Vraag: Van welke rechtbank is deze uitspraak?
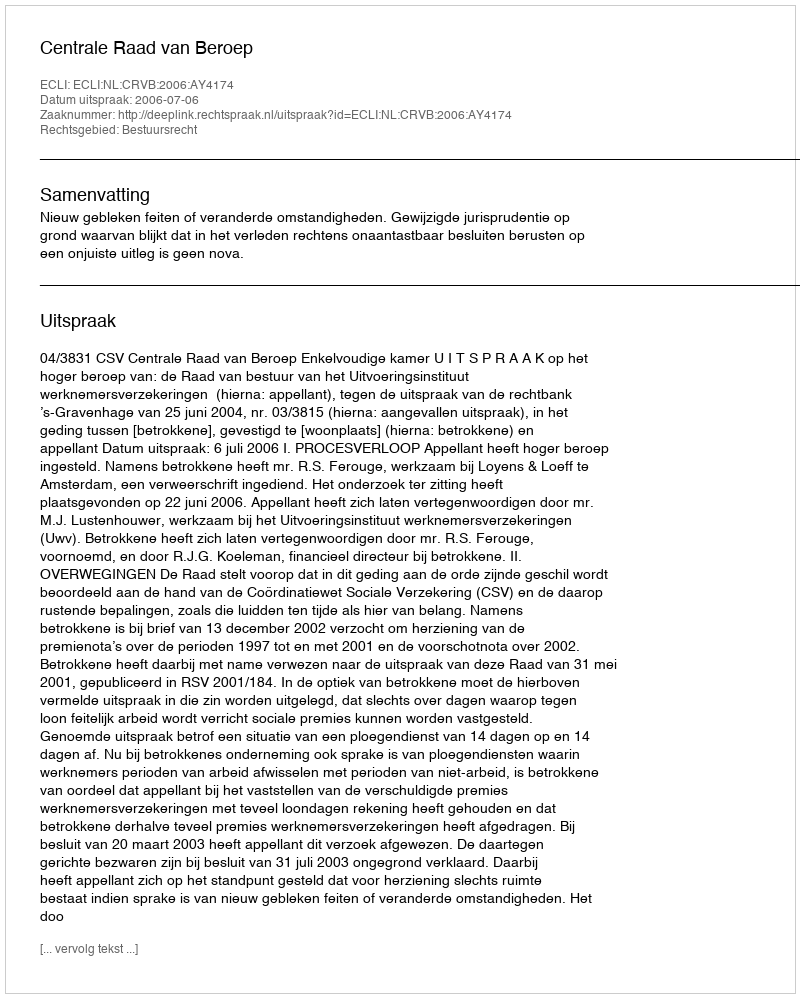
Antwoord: Centrale Raad van Beroep